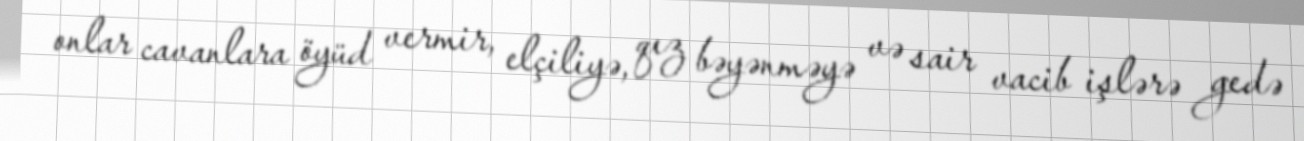
onlar cavanlara öyüd vermir, elçiliyə, qız bəyənməyə və sair vacib işlərə gedə